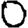
Digit: 0